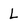
Character: L